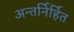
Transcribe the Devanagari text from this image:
अन्तर्निर्हित